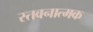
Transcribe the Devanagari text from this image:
स्तवनात्मक